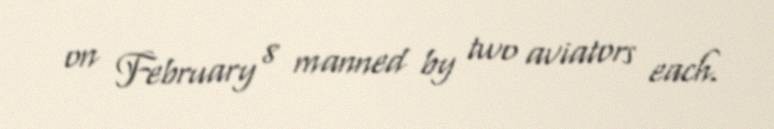
on February 8 manned by two aviators each.